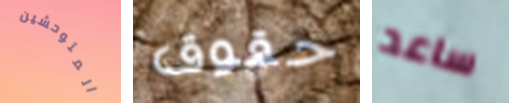
المتوحشين حقوق ساعد